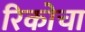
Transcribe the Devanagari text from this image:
रिकोचा